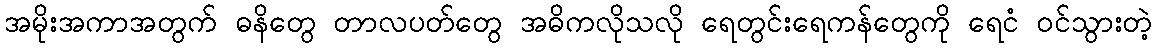
အမိုးအကာအတွက် ဓနိတွေ တာလပတ်တွေ အဓိကလိုသလို ရေတွင်းရေကန်တွေကို ရေငံ ဝင်သွားတဲ့